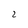
Character: 2